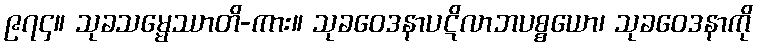
၉၇၄။ သုခသမ္မေဿာတိ-ကား။ သုခဝေဒနာပဋိလာဘပစ္စယော၊ သုခဝေဒနာကို